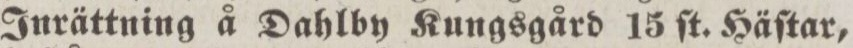
Inrättning å Dahlby Kungsgård 15 ſt. Häſtar,